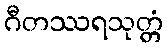
ဂီတဿရသုတ္တံ